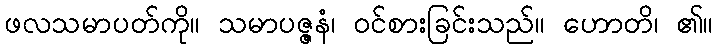
ဖလသမာပတ်ကို။ သမာပဇ္ဇနံ၊ ဝင်စားခြင်းသည်။ ဟောတိ၊ ၏။